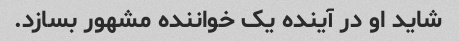
شاید او در آینده یک خواننده مشهور بسازد.